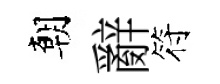
朝辭符